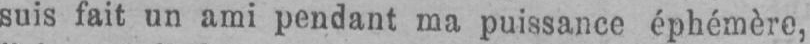
suis fait un ami pendant ma puissance éphémère,